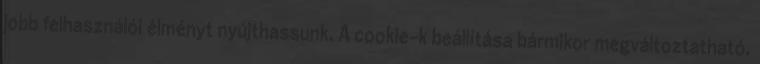
jobb felhasználói élményt nyújthassunk. A cookie-k beállítása bármikor megváltoztatható.